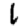
Digit: 6